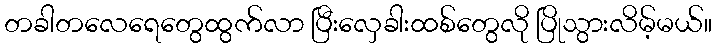
တခါတလေရေတွေထွက်လာ ပြီးလှေခါးထစ်တွေလို ပြိုသွားလိမ့်မယ်။